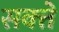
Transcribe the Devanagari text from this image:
सक्त्ते